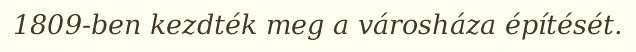
1809-ben kezdték meg a városháza építését.